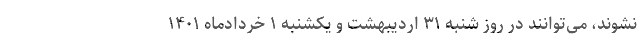
نشوند، می‌توانند در روز شنبه ۳۱ اردیبهشت‌ و یکشنبه ۱ خردادماه ۱۴۰۱